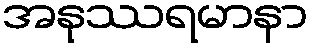
အနုဿရမာနာ